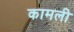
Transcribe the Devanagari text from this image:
कामली